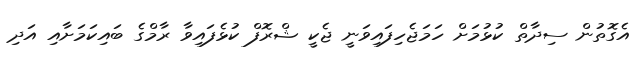
އެގޮތުން ސިދާތް ކުޅުމަށް ހަމަޖެހިފައިވަނީ ޖެކީ ޝްރޮފް ކުޅެފައިވާ ރާމްގެ ބައިކަމަށާއި އަދި